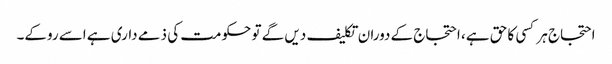
احتجاج ہر کسی کا حق ہے، احتجاج کے دوران تکلیف دیں گے تو حکومت کی ذمے داری ہے اسے روکے۔